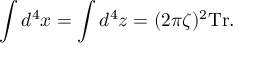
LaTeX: \int d ^ { 4 } x = \int d ^ { 4 } z = ( 2 \pi \zeta ) ^ { 2 } \mathrm { T r } .